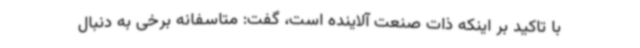
با تاکید بر اینکه ذات صنعت آلاینده است، گفت: متاسفانه برخی به دنبال